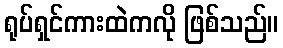
ရုပ်ရှင်ကားထဲကလို ဖြစ်သည်။